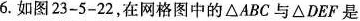
6. 如图 23-5-22，在网格图中的 △ABC 与 △DEF 是